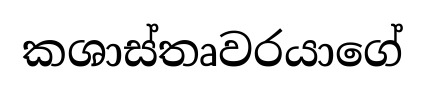
කශාස්තෘවරයාගේ